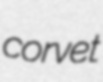
corvet